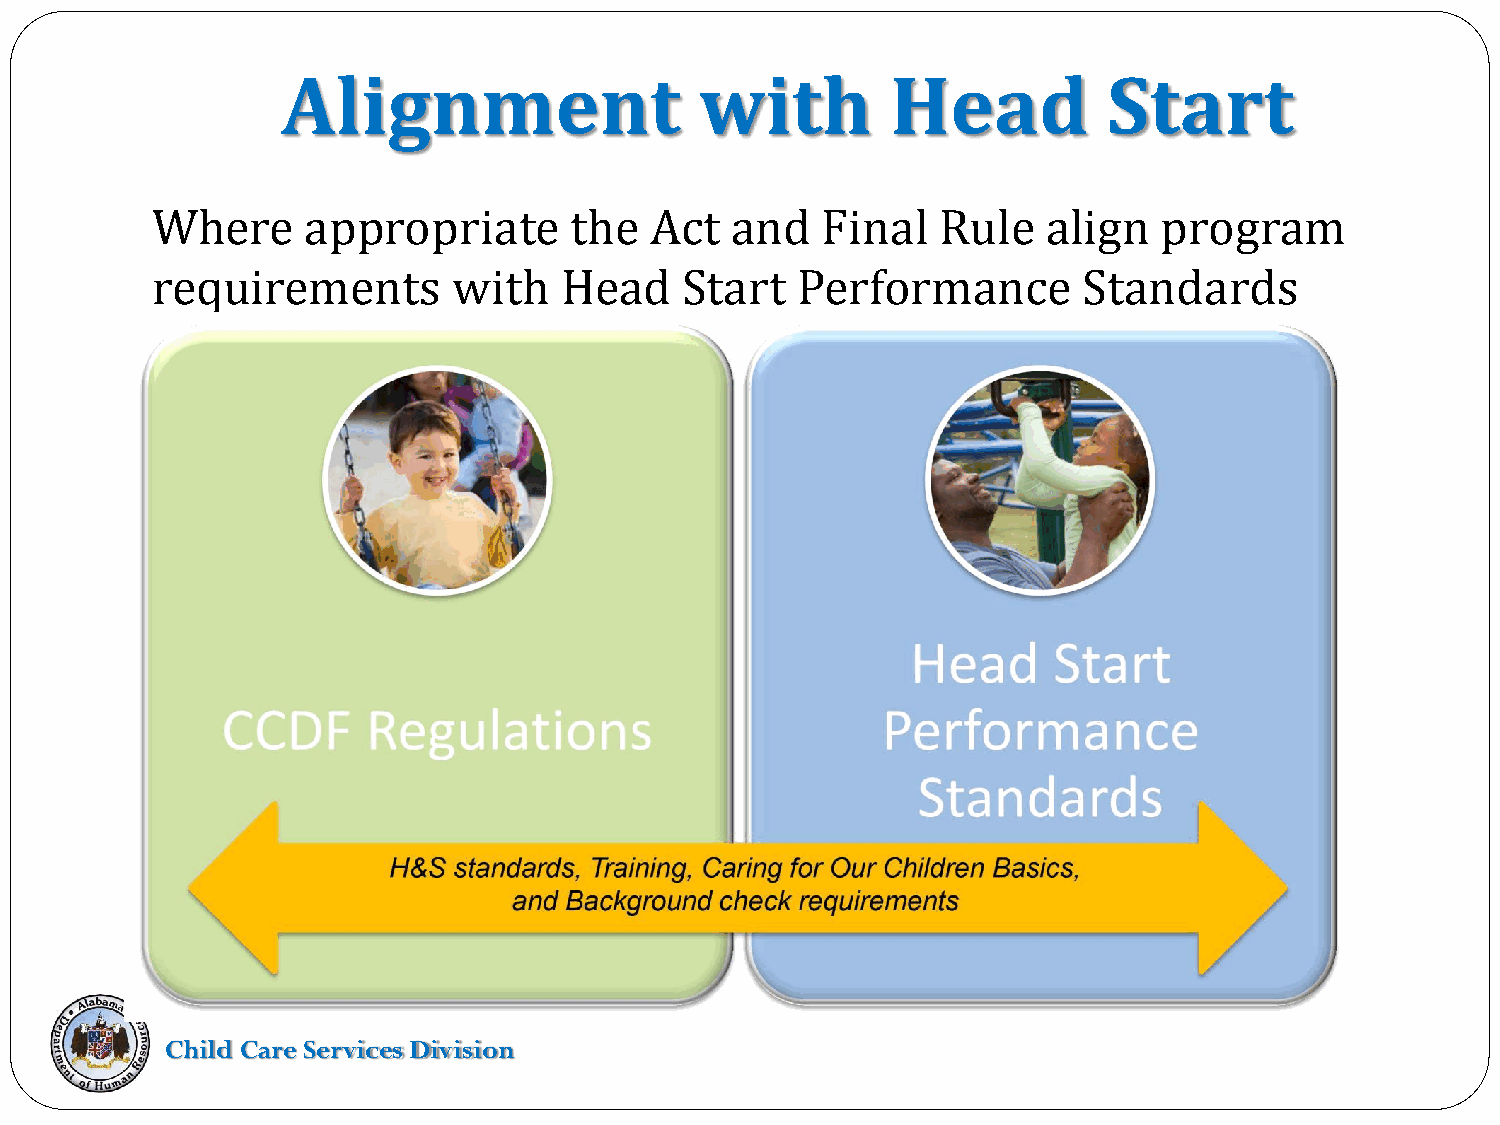
Alignment                  with         Head          Start
 Where     appropriate       the  Act  and   Final   Rule   align   program
 requirements        with   Head    Start   Performance        Standards
 Child Care Services Division